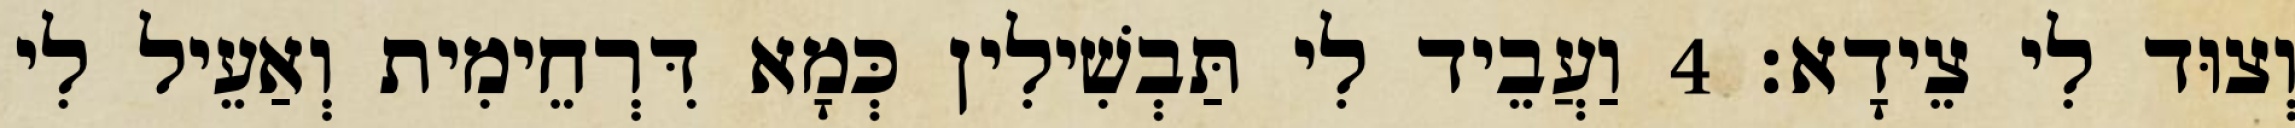
וְצוּד לִי צֵידָא׃ 4 וַעֲבֵיד לִי תַּבְשִׁילִין כְּמָא דִּרְחֵימִית וְאַעֵיל לִי